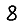
Digit: 8